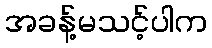
အခန့်မသင့်ပါက